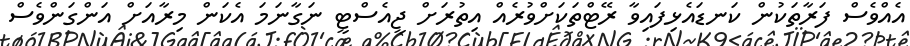
އެއްވެސް ފަރާތަކުން ކަނޑައެޅިފައިވާ ރޭޓްތަކަށްވުރެއް އިތުރަށް ޖީއެސްޓީ ނަގާނަމަ އެކަން މިރާއަށް އަންގަންވެސް